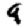
Digit: 9